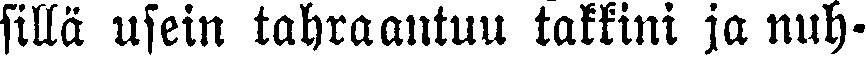
sillä usein tahraantuu takkini ja nuh-